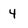
Character: 4